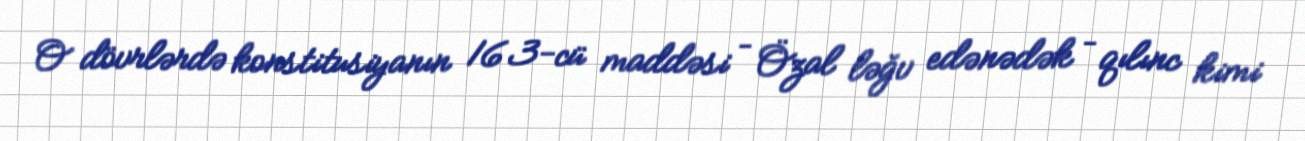
O dövrlərdə konstitusiyanın 163-cü maddəsi – Özal ləğv edənədək – qılınc kimi